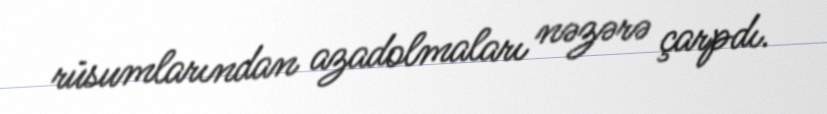
rüsumlarından azadolmaları nəzərə çarpdı.